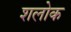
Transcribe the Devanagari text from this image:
शलोक